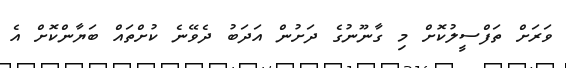
ވަރަށް ތަފްސީލުކޮށް މި ގާނޫނުގެ ދަށުން އަދަބު ދެވޭނެ ކުށްތައް ބަޔާންކޮށް އެ